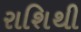
રાશિથી